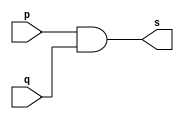
// -------------------------
// Exemplo0003 - AND
// Nome: Matheus Filipe Sieiro Vargas
// -------------------------
// -------------------------
// -- and gate
// -------------------------
module andgate ( output s, 
                           input  p, 
                           input  q);
assign s = p & q;
endmodule // andgate
// ---------------------
// -- test and gate
// ---------------------
module testandgate;
// ------------------------- dados locais
   reg   a, b; // definir registradores
wire  s;    // definir conexao (fio)
// ------------------------- instancia
   andgate AND1 (s, a, b);
// ------------------------- preparacao
   initial begin:start
                   // atribuicao simultanea
// dos valores iniciais
      a=0; b=0;
   end
// ------------------------- parte principal
   initial begin
         $display("Exemplo0003 - Matheus Filipe Sieiro Vargas");
         $display("Test AND gate");
         $display("\na & b = s\n");
           a=0; b=0;
  #1   $display("%b & %b = %b", a, b, s);
           a=0; b=1;
  #1  $display("%b & %b = %b", a, b, s);
           a=1; b=0;
  #1   $display("%b & %b = %b", a, b, s);
           a=1; b=1;
  #1   $display("%b & %b = %b", a, b, s);
  end
endmodule // testandgate